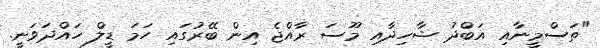
"ތަސްމީނާއި އަބްދު ޝާހިދާއި މޫސަ ރާއްޖެ އިން ބޭރުގައި ހަމަ ޑީލް ހައްދަވަނީ.